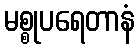
မစ္စုပရေတာနံ